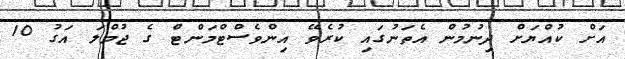
އަށް ކުއްޔަށް ދިނުމުން އެތަނުގައި ކުރެވޭ އިންވެސްޓްމަންޓް ގެ ޖުމްލަ އަގު 10